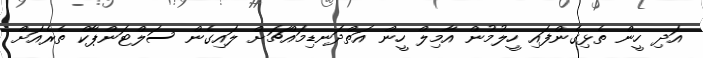
އަދި ހީން ތެޅިގެންފައި ހީލުމުން އާމިލް ހީން އަތްދަނޑިމައްޗަށް ލައިގެން ސަލްޓަންޕާކް ތެރެއަށް